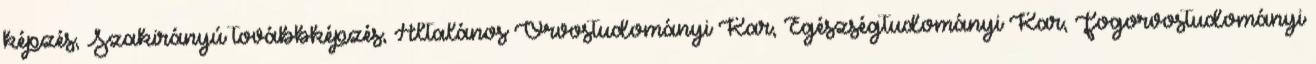
képzés, Szakirányú továbbképzés, Általános Orvostudományi Kar, Egészségtudományi Kar, Fogorvostudományi